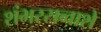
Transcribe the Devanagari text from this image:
शंभरसव्वाशें